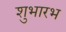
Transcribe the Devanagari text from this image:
शुभारभ